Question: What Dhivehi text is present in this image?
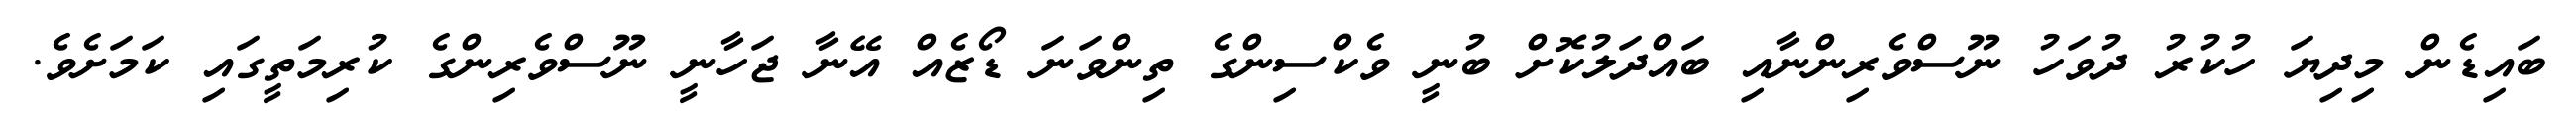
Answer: ބައިޑެން މިދިޔަ ހުކުރު ދުވަހު ނޫސްވެރިންނާއި ބައްދަލުކޮށް ބުނީ ވެކްސިންގެ ތިންވަނަ ޑޯޒެއް އޭނާ ޖަހާނީ ނޫސްވެރިންގެ ކުރިމަތީގައި ކަމަށެވެ.